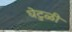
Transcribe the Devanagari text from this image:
घेटुळी